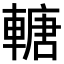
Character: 𨍴